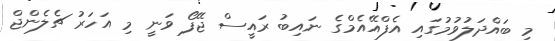
މި ބައްދަލުވުމުގައި އެފްއޭއެމްގެ ނައިބު ރައީސް ޖޭފޯ ވަނީ މި އަހަރު ޗެލެންޖް